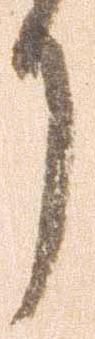
り